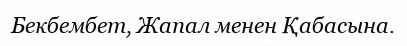
Бекбембет, Жапал менен Қабасына.